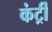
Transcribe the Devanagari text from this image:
कंर्ट्री